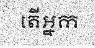
តើអ្នក